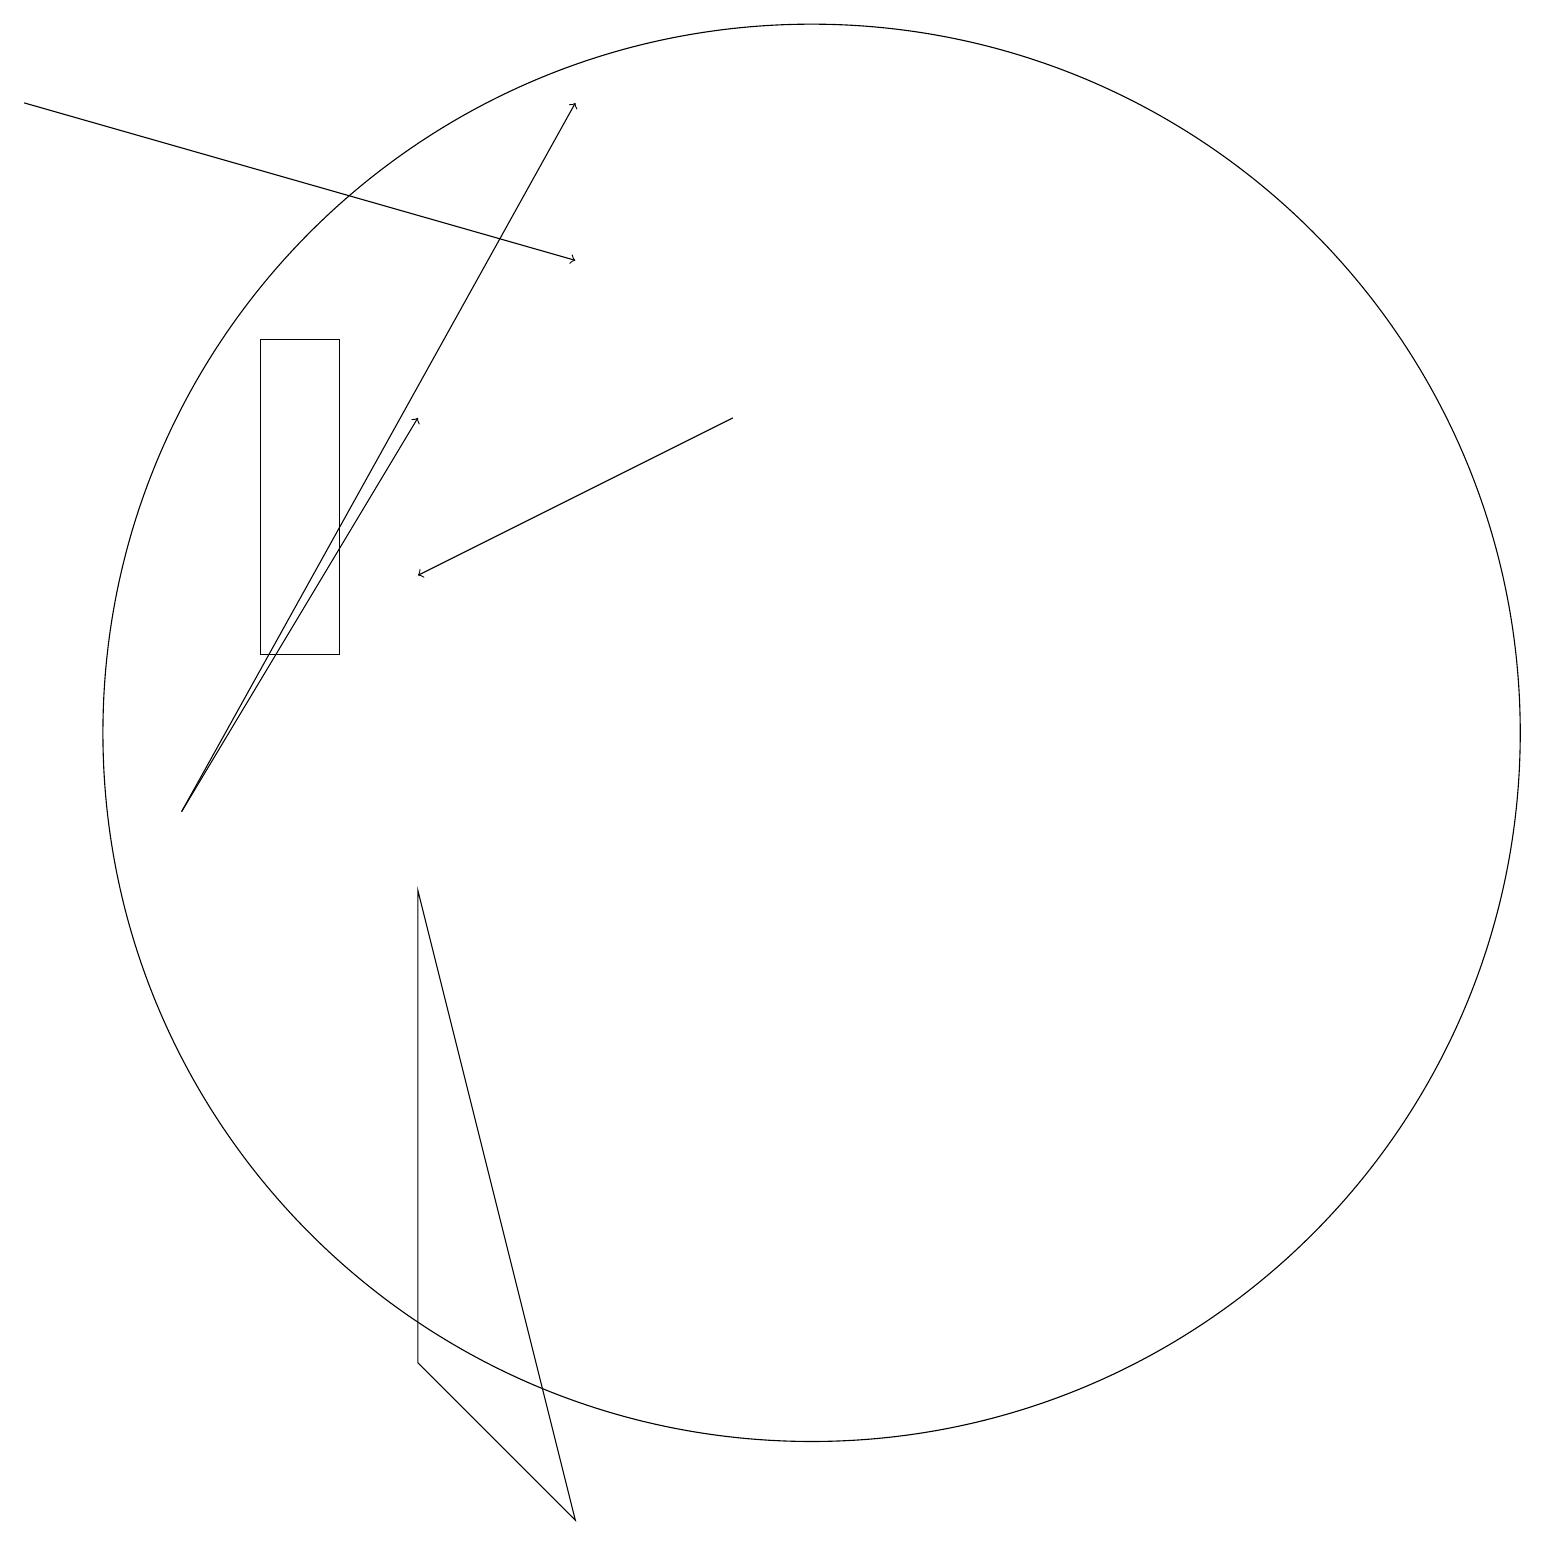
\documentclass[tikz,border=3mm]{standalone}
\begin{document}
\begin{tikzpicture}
\draw[->] (2,10) -- (5,15);
\draw[->] (0,19) -- (7,17);
\draw (10,11) circle (9);
\draw (3,12) rectangle (4,16);
\draw (7,1) -- (5,3) -- (5,9) -- cycle;
\draw[->] (2,10) -- (7,19);
\draw[->] (9,15) -- (5,13);
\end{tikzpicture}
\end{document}